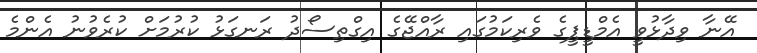
އޭނާ ވިދާޅުވީ އެމްޑީޕީގެ ވެރިކަމުގައި ރާއްޖޭގެ އިގްތިސޯދު ރަނގަޅު ކުރުމަށް ކުރެވުނު އެންމެ